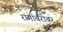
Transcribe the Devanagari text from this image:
रांगांबरोबर